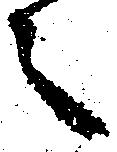
之